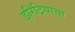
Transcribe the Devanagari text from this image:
इरिट्रियाचा